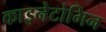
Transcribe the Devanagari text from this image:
काइनेटोमिन